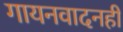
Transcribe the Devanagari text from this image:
गायनवादनही